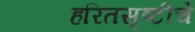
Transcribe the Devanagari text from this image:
हरितसृष्टीचे